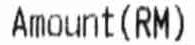
AMOUNT (RM)